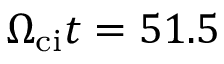
\Omega _ { \mathrm { c i } } t = 5 1 . 5